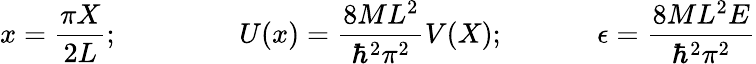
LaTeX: x=\frac{\pi X}{2L};\ \ \ \ \ \ \ \ \ \ \ \ \ \ \ \ \ U(x)=\frac{8ML^{2}}{\hbar^{2}\pi^{2}}V(X);\ \ \ \ \ \ \ \ \ \ \ \ \ \epsilon=\frac{8ML^{2}E}{\hbar^{2}\pi^{2}}